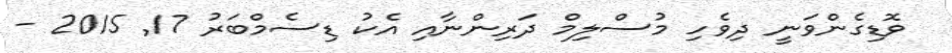
ވޮޑިގެންވަނީ ދިވެހި މުސްލިމް ދަރިންނާއި އެކު ޑިސެމްބަރު 17